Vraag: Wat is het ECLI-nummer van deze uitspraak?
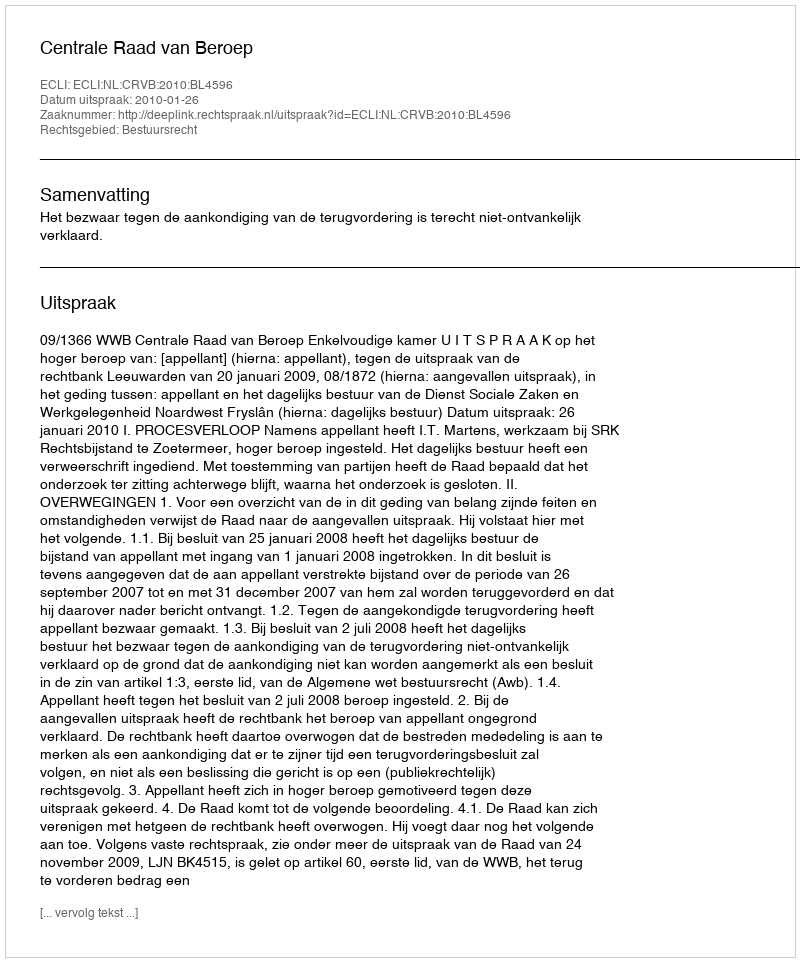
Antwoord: ECLI:NL:CRVB:2010:BL4596